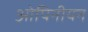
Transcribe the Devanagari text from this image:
ओपिनीयन